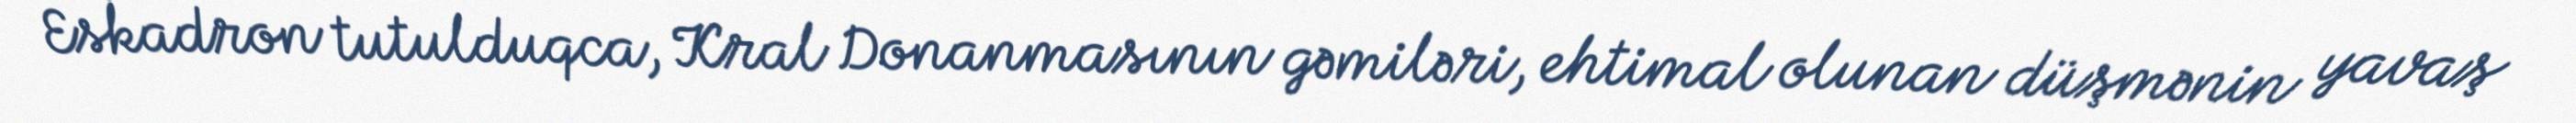
Eskadron tutulduqca, Kral Donanmasının gəmiləri, ehtimal olunan düşmənin yavaş